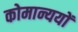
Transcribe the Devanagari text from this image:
कोमान्ययों